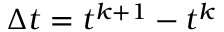
\Delta t = t ^ { k + 1 } - t ^ { k }